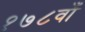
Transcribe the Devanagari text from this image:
१७८वाँ